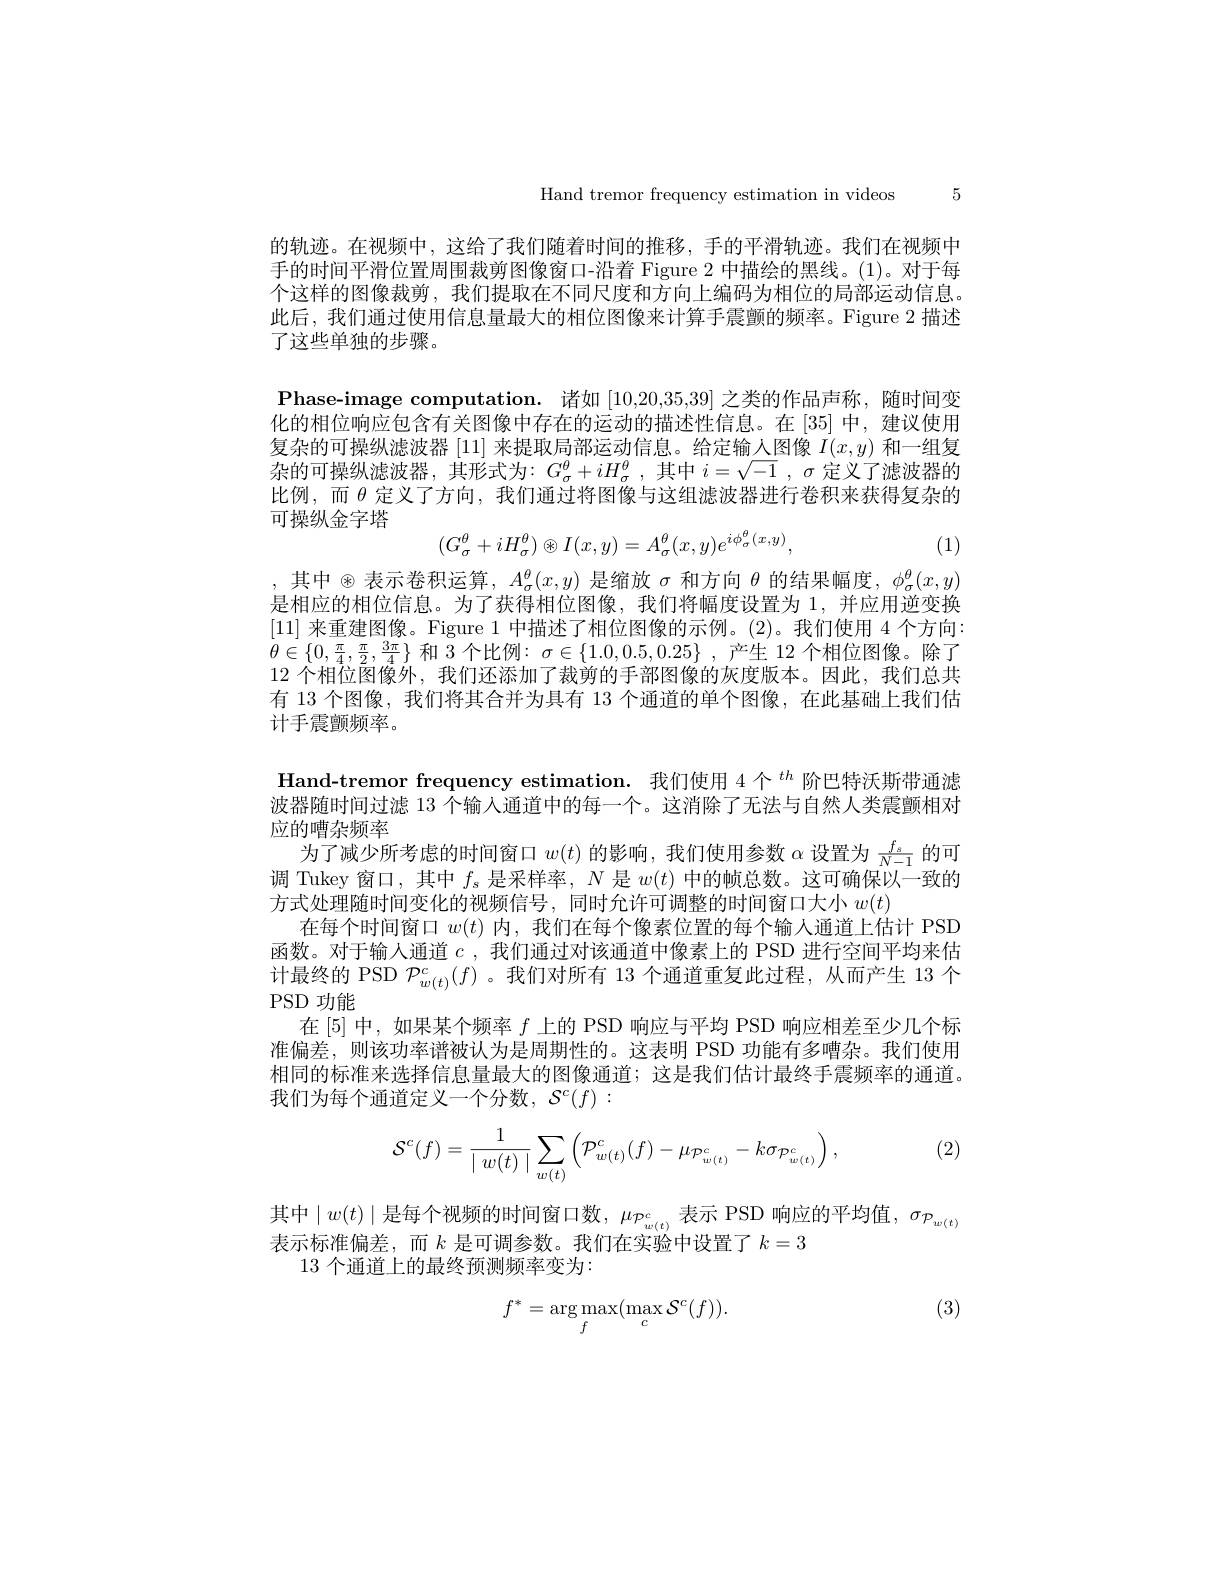
Hand tremor frequency estimation in videos 5

的轨迹。在视频中，这给了我们随着时间的推移，手的平滑轨迹。我们在视频中手的时间平滑位置周围裁剪图像窗口-沿着 Figure 2 中描绘的黑线。(1)。对于每个这样的图像裁剪 ,我们提取在不同尺度和方向上编码为相位的局部运动信息。此后，我们通过使用信息量最大的相位图像来计算手震颤的频率。Figure 2 描述了这些单独的步骤。

Phase-image computation. 诸如[10,20,35,39]之类的作品声称，随时间变化的相位响应包含有关图像中存在的运动的描述性信息。在[35]中，建议使用复杂的可操纵滤波器[11]来提取局部运动信息。给定输人图像$I(x,y)$和一组复杂的可操纵滤波器，其形式为：$G_\sigma^\theta+iH_\sigma^\theta$,其中$i=\sqrt-1$ ,$\sigma$定义了滤波器的比例，而$\theta$定义了方向，我们通过将图像与这组滤波器进行卷积来获得复杂的可操纵金字塔
$$(G_\sigma^\theta+iH_\sigma^\theta)\otimes I(x,y)=A_\sigma^\theta(x,y)e^{i\phi_\sigma^\theta(x,y)},$$
(1)

,其中$\otimes$表示卷积运算，$A_\sigma^\theta(x,y)$是缩放$\sigma$和方向$\theta$的结果幅度，$\phi_\sigma^\theta(x,y)$ 是相应的相位信息。为了获得相位图像，我们将幅度设置为 1,并应用逆变换[11]来重建图像。Figure 1 中描述了相位图像的示例。(2)。我们使用 4 个方向： $\theta\in\{0,\frac{\pi}{4},\frac{\pi}{2},\frac{3\pi}{4}\}$ 和 3 个比例$:\sigma\in\{1.0,0.5,0.25\}$ ,产生 12 个相位图像。除了12 个相位图像外，我们还添加了裁剪的手部图像的灰度版本。因此，我们总共有 13 个图像，我们将其合并为具有 13 个通道的单个图像，在此基础上我们估计手震颤频率。

Hand-tremor frequency estimation. 我们使用 4个$^{th}$阶巴特沃斯带通滤波器随时间过滤 13 个输入通道中的每一个。这消除了无法与自然人类震颤相对应的嘈杂频率
为了减少所考虑的时间窗口$w(t)$的影响，我们使用参数$\alpha$设置为$\frac{f_s}{N-1}$的可调 Tukey 窗口，其中$f_s$是采样率，$N$是$w(t)$中的帧总数。这可确保以一致的方式处理随时间变化的视频信号，同时允许可调整的时间窗口大小$w(t)$
在每个时间窗口$w(t)$内，我们在每个像素位置的每个输人通道上估计 PSD 函数。对于输人通道$c$,我们通过对该通道中像素上的 PSD 进行空间平均来估计最终的 PSD $\mathcal{P}_w(t)^c(f)$ 。我们对所有 13 个通道重复此过程，从而产生 13 个PSD功能
在 [5] 中，如果某个频率$f$上的 PSD 响应与平均 PSD 响应相差至少几个标准偏差，则该功率谱被认为是周期性的。这表明 PSD 功能有多嘈杂。我们使用相同的标准来选择信息量最大的图像通道；这是我们估计最终手震频率的通道。我们为每个通道定义一个分数，$\mathcal{S}^c(f):$
$$\mathcal{S}^c(f)=\frac{1}{\mid w(t)\mid}\sum_{w(t)}\left(\mathcal{P}_{w(t)}^c(f)-\mu_{\mathcal{P}_{w(t)}^c}-k\sigma_{\mathcal{P}_{w(t)}^c}\right),$$
(2)

其中$\mid w(t)\mid$是每个视频的时间窗口数，$\mu_\mathcal{P}_w(t)^c$表示 PSD 响应的平均值，$\sigma_\mathcal{P}_{w(t)}$
表示标准偏差，而$k$ 是可调参数。我们在实验中设置了$k=3$
13 个通道上的最终预测频率变为：

(3)
$$f^*=\underset{f}{\arg\max}(\max_{c}\mathcal{S}^c(f)).$$